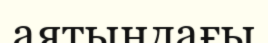
аятындағы